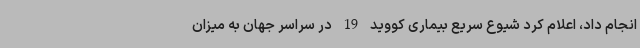
انجام داد، اعلام کرد شیوع سریع بیماری کووید 19 در سراسر جهان به میزان